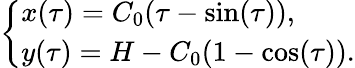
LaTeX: \left\{ {\begin{array}{l}{x(\tau)=C_{0}(\tau-\sin(\tau)),}\\ {y(\tau)=H-C_{0}(1-\cos(\tau)).}\end{array}}\right.